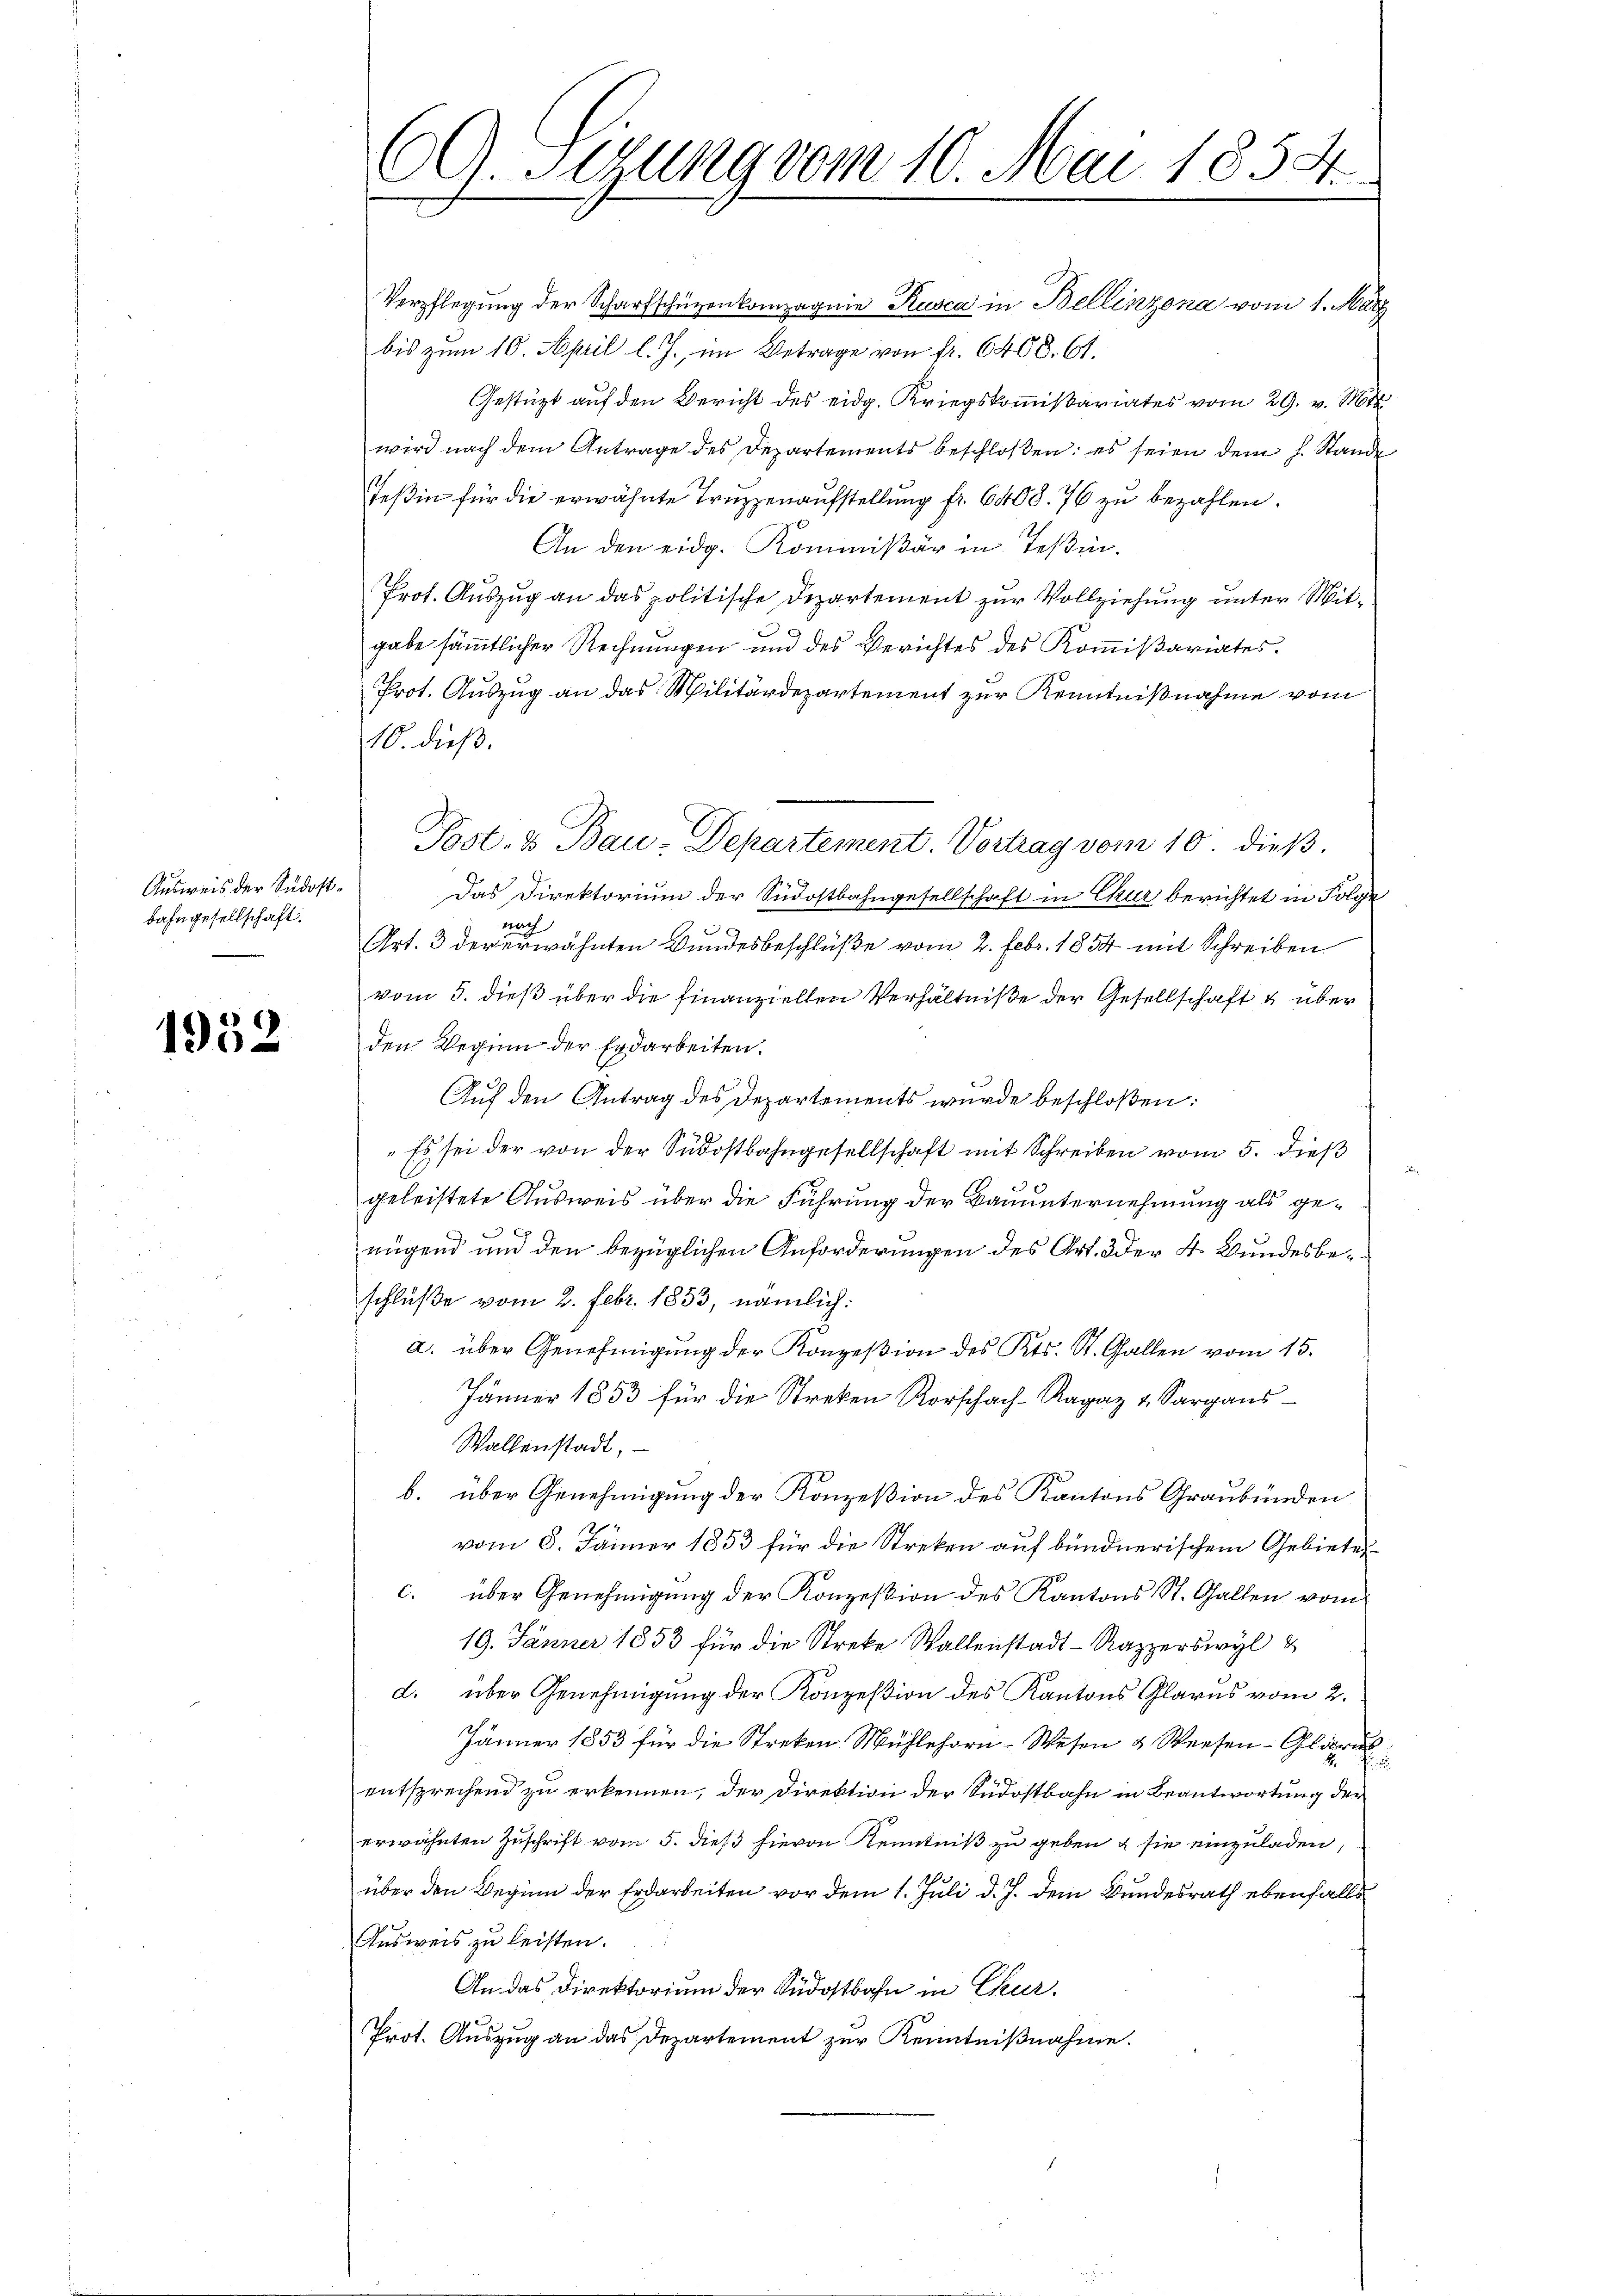
Ausweis der Südostbahngesellschaft.

1952

Verpflegŭng der Scharfschüzenkompagnie Kusca in Bellinzona vom 1. März
bis zum 10. April l. J., im Betrage von fr. 6408. 61.
Gestützt auf den Bericht des eidg. Kriegskommißariates vom 29. v. Mts.
wird nach dem Antrage des Departements beschloßen: es seien dem h. Stande
Teßin für die erwähnte Truppenaufstellung fr. 6408. 76 zu bezahlen.
An den eidg. Kommißär in Teßin.
Prot. Auszug an das politische Departement zur Vollziehung unter Mitgabe sämmtlicher Rechnungen und des Berichtes des Kommißariates.
Prot. Auszug an das Militärdepartement zur Kenntnißnahme vom
10. dieß.
Post. & Bau-Departement. Vortrag vom 10. dieß.
Das Direktorium der Südostbahngesellschaft in Chur berichtet in Folge
nach
Art. 3 der erwähnten Bundesbeschlüße vom 2. Febr. 1854 mit Schreiben.
vom 5. dieß über die finanziellen Verhältniße der Gesellschaft & über
den Wegen der Erdarbeiten.
36
Auf den Antrag des Departements wurde beschloßen:
"Es sei der von der Südostbahngesellschaft mit Schreiben vom 5. dieß
geleistete Ausweis über die Führung der Bauunternehmung als ge¬

t
rügend und den bezüglichen Anforderungen des Art. Der 4. Bundesbeschlüße vom 2. Febr. 1853, nämlich:
a. über Genehmigung der Konzession des Kts. St. Gallen vom 15.
Jänner 1853 für die Streken Rorschach-Ragaz u Sargans
Waltenstadt,
b. über Genehmigung der Konzeßion des Kantons Graubünden
.
vom 8. Jänner 1853 für die Streken auf bundnerischem Gebiete
c. über Genehmigung der Konzession des Kantons St. Gallen vom
19. Jänner 1853 für die Streke Wallenstadt-Rapperswyl &
d. über Genehmigung der Konzesion des Kantons Glarus vom 2.
Jänner 1853 für die Streken Mühlehorn-Wesen & Weesen Glarus
f
entsprechend zu erkennen, der Direktion der Südostbahn in Beantwortung der
erwähnten Zuschrift vom 5. dieß hievon Kenntniß zu geben & sie einzuladen,
über den Beginn der Erdarbeiten vor dem 1. Juli d. J. dem Bundesrath ebenfalls
Ausweis zu leisten.
An das Direktorium der Südostbahn in Chur,
Prot. Auszug an das Departement zur Kenntnißnahme.

CG. Sigung vom 10. Mai 1858.